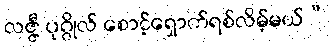
လဇ္ဇီ ပုဂ္ဂိုလ် စောင့်ရှောက်ရစ်လိမ့်မယ်”